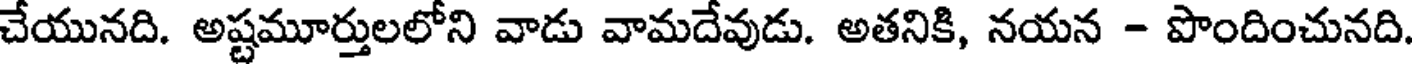
చేయునది. అష్టమూర్తులలోని వాడు వామదేవుడు. అతనికి, నయన - పొందించునది